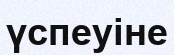
үспеуіне